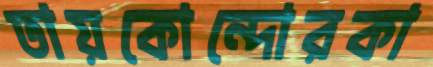
তায়কোন্দোরকা